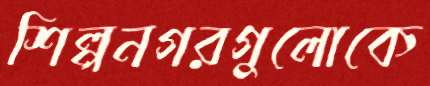
শিল্পনগরগুলোকে